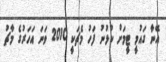
އޭނާ ގައުމީ ޓީމަށް ކުޅުނު ފަހު މެޗަކީ 2010 ވަނަ އަހަރުގެ މާޗު